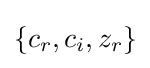
\{c_{r},c_{i},z_{r}\}